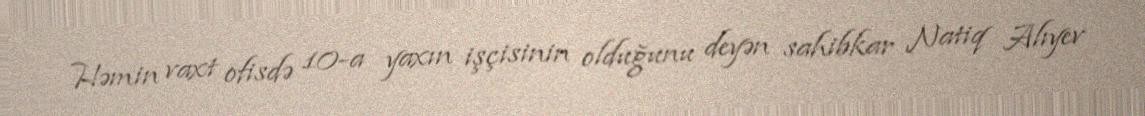
Həmin vaxt ofisdə 10-a yaxın işçisinin olduğunu deyən sahibkar Natiq Alıyev